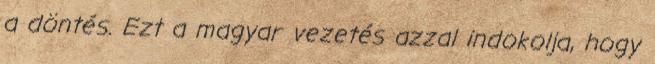
a döntés. Ezt a magyar vezetés azzal indokolja, hogy